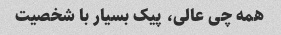
همه چی عالی، پیک بسیار با شخصیت